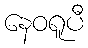
နေဝရူပီ